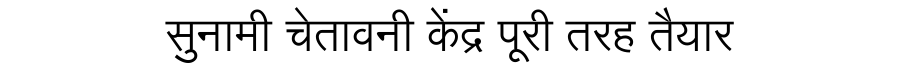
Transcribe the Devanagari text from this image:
सुनामी चेतावनी केंद्र पूरी तरह तैयार